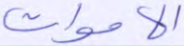
الأموات